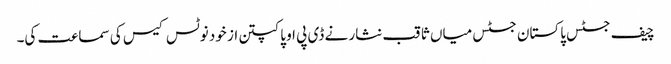
چیف جسٹس پاکستان جسٹس میاں ثاقب نثار نے ڈی پی او پاکپتن از خود نوٹس کیس کی سماعت کی۔